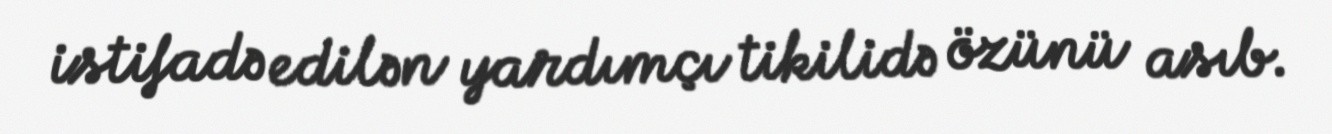
istifadə edilən yardımçı tikilidə özünü asıb.